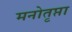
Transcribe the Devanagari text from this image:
मनोतृप्ता